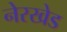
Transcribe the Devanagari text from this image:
नेरखेड